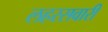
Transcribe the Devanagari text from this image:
लहरसवारी